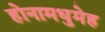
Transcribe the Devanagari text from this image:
होनामधुमेह